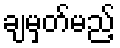
ချမှတ်မည့်